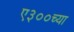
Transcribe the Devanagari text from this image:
ए३००च्या